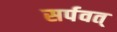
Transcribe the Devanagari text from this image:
सर्पवत्